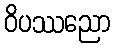
ဝိပဿညော